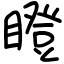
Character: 瞪